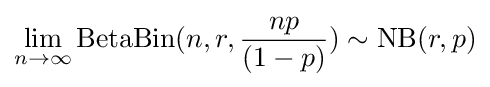
\lim _{n\rightarrow \infty }\mathrm {BetaBin} (n,r,{\frac {np}{(1-p)}})\sim \mathrm {NB} (r,p)